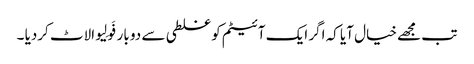
تب مجھے خیال آیا کہ اگر ایک آئیٹم کو غلطی سے دو بار فَولِیو الاٹ کردیا ۔